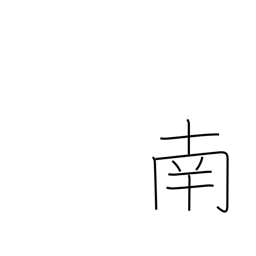
Meaning: south